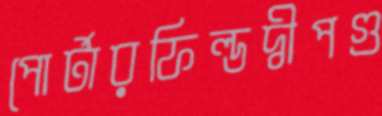
পোর্টারফিল্ডদ্বীপগু